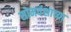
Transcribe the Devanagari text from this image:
सोमवंशाच्या